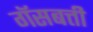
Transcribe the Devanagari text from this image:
गॅसबत्ती